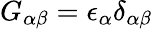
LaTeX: G_{\alpha\beta}=\epsilon_{\alpha}\delta_{\alpha\beta}